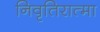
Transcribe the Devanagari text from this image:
निवृतिरात्मा